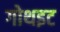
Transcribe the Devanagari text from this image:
गोथइट